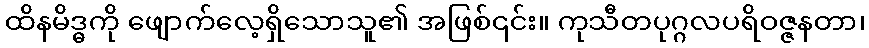
ထိနမိဒ္ဓကို ဖျောက်လေ့ရှိသောသူ၏ အဖြစ်၎င်း။ ကုသီတပုဂ္ဂလပရိဝဇ္ဇနတာ၊